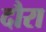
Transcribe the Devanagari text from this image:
दौरा